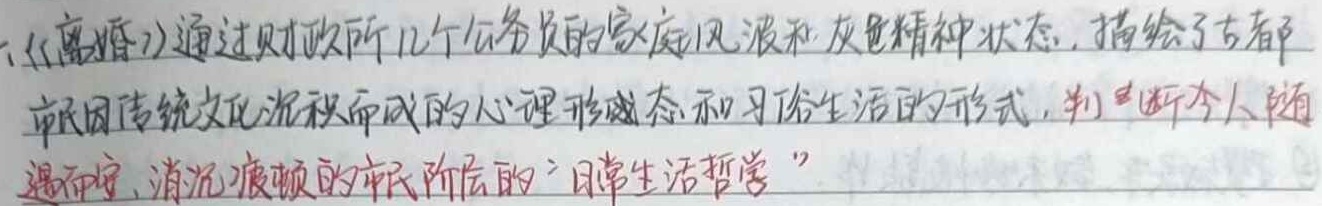
一、《离婚》通过财政所几个公务员的家庭风波和灰色精神状态，描绘了古都市民因传统文化沉积而成的心理形态和习俗生活的形式，剖析今人随遇而安、消沉疲顿的市民阶层的“日常生活哲学”